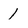
Character: 1